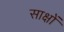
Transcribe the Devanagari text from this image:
साक्षों